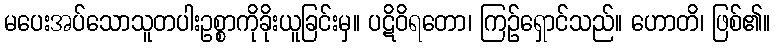
မပေးအပ်သောသူတပါးဥစ္စာကိုခိုးယူခြင်းမှ။ ပဋိဝိရတော၊ ကြဉ်ရှောင်သည်။ ဟောတိ၊ ဖြစ်၏။